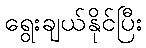
ရွေးချယ်နိုင်ပြီး